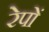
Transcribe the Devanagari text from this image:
रेपों